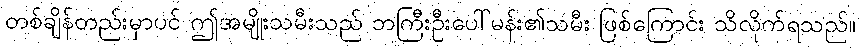
တစ်ချိန်တည်းမှာပင် ဤအမျိုးသမီးသည် ဘကြီးဦးပေါ်မန်း၏သမီး ဖြစ်ကြောင်း သိလိုက်ရသည်။